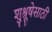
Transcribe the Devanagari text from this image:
शुश्रूषेसाठी